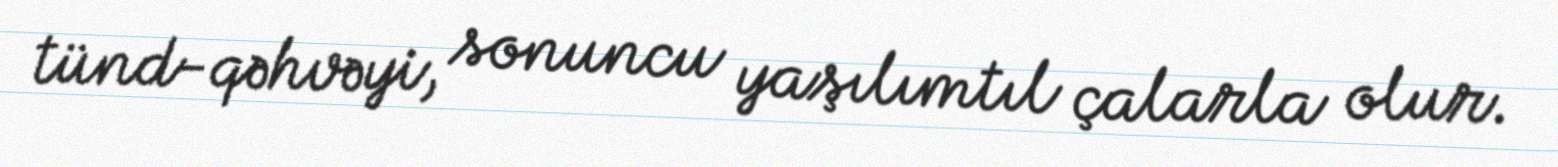
tünd-qəhvəyi, sonuncu yaşılımtıl çalarla olur.